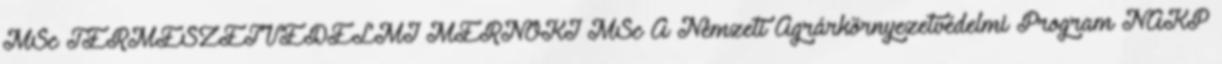
MSc TERMÉSZETVÉDELMI MÉRNÖKI MSc A Nemzeti Agrárkörnyezetvédelmi Program NAKP